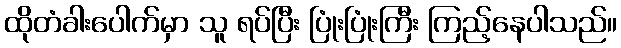
ထိုတံခါးပေါက်မှာ သူ ရပ်ပြီး ပြုံးပြုံးကြီး ကြည့်နေပါသည်။